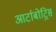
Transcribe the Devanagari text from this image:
आर्टाबोट्रिस